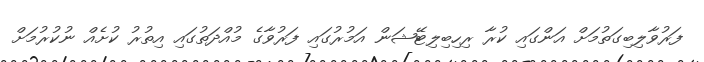
ފަރުވާލިބިގަތުމަށް އަންގައި ކުރާ ރިހިބިލިޓޭޝަން އަމުރުގައި ފަރުވާގެ މުއްދަތުގައި އިތުރު ކުށެއް ނުކުރުމަށް